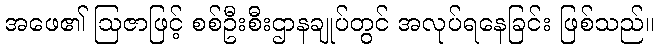
အဖေ၏ ဩဇာဖြင့် စစ်ဦးစီးဌာနချုပ်တွင် အလုပ်ရနေခြင်း ဖြစ်သည်။